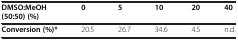
| DMSO:MeOH | 0 | 5 | 10 | 20 | 40 |
 | (50:50) (%) |  |  |  |  |  |
 | --- | --- | --- | --- | --- | --- |
 | Conversion (%)* | 20.5 | 26.7 | 34.6 | 4.5 | n.d. |